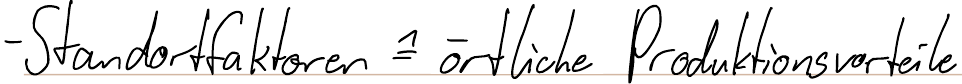
- Standortfaktoren = örtliche Produktionsvorteile